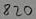
Text: 820